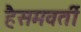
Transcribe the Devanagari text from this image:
हैसमवर्ती